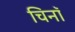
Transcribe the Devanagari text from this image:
चिनॉ